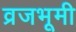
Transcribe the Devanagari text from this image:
व्रजभूमी